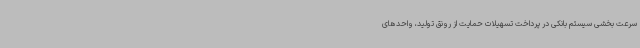
سرعت بخشی سیستم بانکی در پرداخت تسهیلات حمایت از رونق تولید، واحدهای